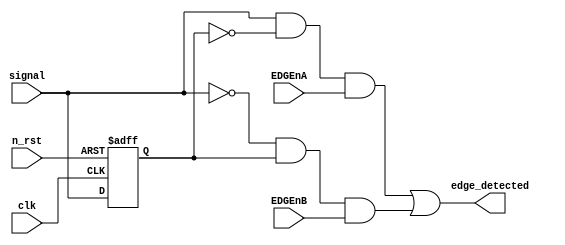
module edge_detector_timer (
	clk,
	n_rst,
	signal,
	EDGEnA,
	EDGEnB,
	edge_detected
);
	parameter WIDTH = 8;
	input wire clk;
	input wire n_rst;
	input wire [WIDTH - 1:0] signal;
	input wire [WIDTH - 1:0] EDGEnA;
	input wire [WIDTH - 1:0] EDGEnB;
	output wire [WIDTH - 1:0] edge_detected;
	reg [WIDTH - 1:0] signal_r;
	wire [WIDTH - 1:0] pos_edge;
	wire [WIDTH - 1:0] neg_edge;
	always @(posedge clk or negedge n_rst)
		if (~n_rst)
			signal_r <= {WIDTH {1'sb0}};
		else
			signal_r <= signal;
	assign pos_edge = (signal & ~signal_r) & EDGEnA;
	assign neg_edge = (~signal & signal_r) & EDGEnB;
	assign edge_detected = pos_edge | neg_edge;
endmodule